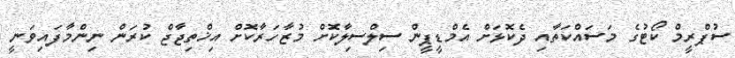
ސުޕްރީމް ކޯޓުގެ މަސައްކަތާއި ދެކޮޅަށް އެމްޑީޕީން ސިލްސިލާކޮށް މުޒާހަރާކޮށް އިޚްތިޖާޖް ކުރަން ނިންމާފައިވަނީ